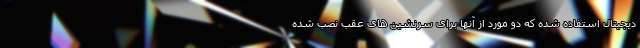
دیجیتال استفاده شده که دو مورد از آنها برای سرنشین های عقب نصب شده